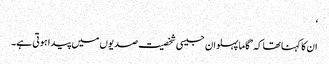
‘
ان کا کہنا تھا کہ ’گاما پہلوان جیسی شخصیت صدیوں میں پیدا ہوتی ہے۔